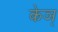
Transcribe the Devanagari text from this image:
केञ्